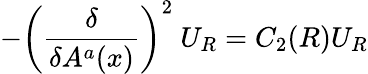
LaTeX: -\left(\frac{\delta}{\delta A^{a}(x)}\right)^{2}~U_{R}=C_{2}(R)U_{R}